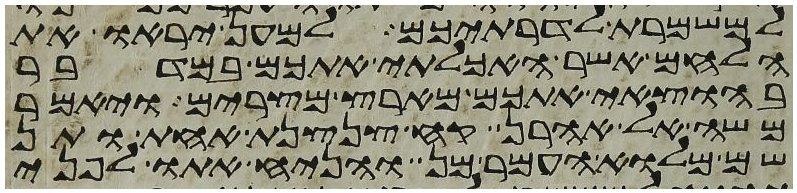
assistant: למשמרת לדרתיכם למען יראו את
הלחם אשר האכלתי אתכם במדבר
בהוצאי אתכם מארץ מצרים ויאמר
משה אל אהרן קח צנצנת אחת ותן
שם מלוא העמר מן והניח אתו לפני